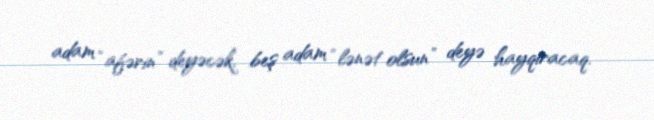
adam “afərin” deyəcək, beş adam “lənət olsun” deyə hayqıracaq.